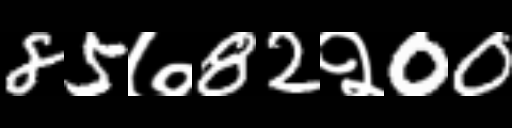
Text: 85७82२00